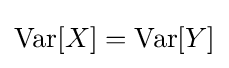
{\textrm {Var}}[X]={\textrm {Var}}[Y]